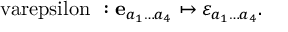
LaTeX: \mathrm { \boldmath ~ \ v a r e p s i l o n ~ } : { \bf e } _ { a _ { 1 } \ldots a _ { 4 } } \mapsto \varepsilon _ { a _ { 1 } \ldots a _ { 4 } } .